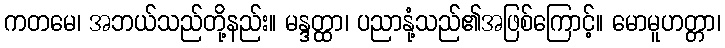
ကတမေ၊ အဘယ်သည်တို့နည်း။ မန္ဒတ္ထာ၊ ပညာနုံ့သည်၏အဖြစ်ကြောင့်။ မောမူဟတ္တာ၊